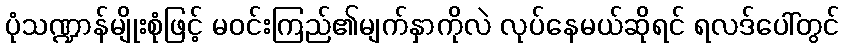
ပုံသဏ္ဍာန်မျိုးစုံဖြင့် မဝင်းကြည်၏မျက်နှာကိုလဲ လုပ်နေမယ်ဆိုရင် ရလဒ်ပေါ်တွင်